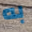
به